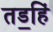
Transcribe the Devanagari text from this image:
तड॒हिं